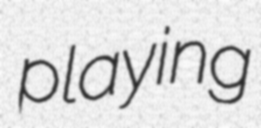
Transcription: playing